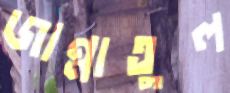
জান্নাতুল